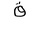
Letter: _qaf